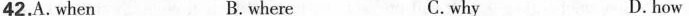
42.A. When B. where C.why D.how